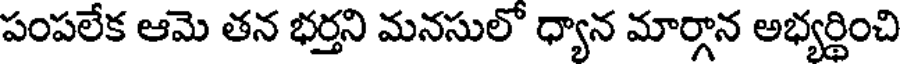
పంపలేక ఆమె తన భర్తని మనసులో ధ్యాన మార్గాన అభ్యర్థించి